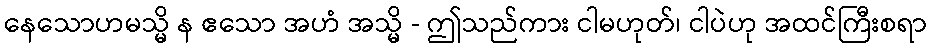
နေသောဟမသ္မိ န ဧသော အဟံ အသ္မိ - ဤသည်ကား ငါမဟုတ်၊ ငါပဲဟု အထင်ကြီးစရာ